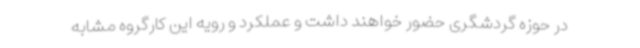
در حوزه گردشگری حضور خواهند داشت و عملکرد و رویه این کارگروه مشابه